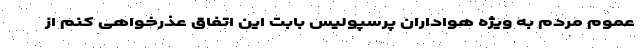
عموم مردم به ویژه هواداران پرسپولیس بابت این اتفاق عذرخواهی کنم از